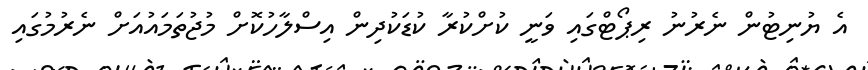
އެ ޔުނިޓުން ނެރުނު ރިޕޯޓްގައި ވަނީ ކުށްކުރާ ކުޑަކުދިން އިސްލާހުކޮށް މުޖުތަމައުއަށް ނެރުމުގައި